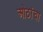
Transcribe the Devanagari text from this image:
ओठांचा